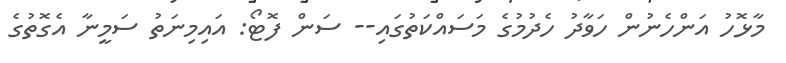
މާޅޮހު އަންހެނުން ހަވާދު ހެދުމުގެ މަސައްކަތުގައި-- ސަން ފޮޓޯ: އައިމިނަތު ސަމީނާ އެގޮތުގެ